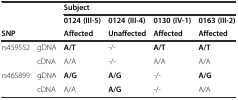
|  |  | <COLSPAN=4> Subject |
 |  |  | 0124 (III-5) | 0124 (III-4) | 0130 (IV-1) | 0163 (III-2) |
 | SNP |  | Affected | Unaffected | Affected | Affected |
 | --- | --- | --- | --- | --- | --- |
 | rs459552 | gDNA | A/T | -/- | A/T | A/T |
 |  | cDNA | A/A | -/- | A/A | A/A |
 | rs465899 | gDNA | A/G | A/G | -/- | A/G |
 |  | cDNA | A/A | A/G | -/- | A/A |